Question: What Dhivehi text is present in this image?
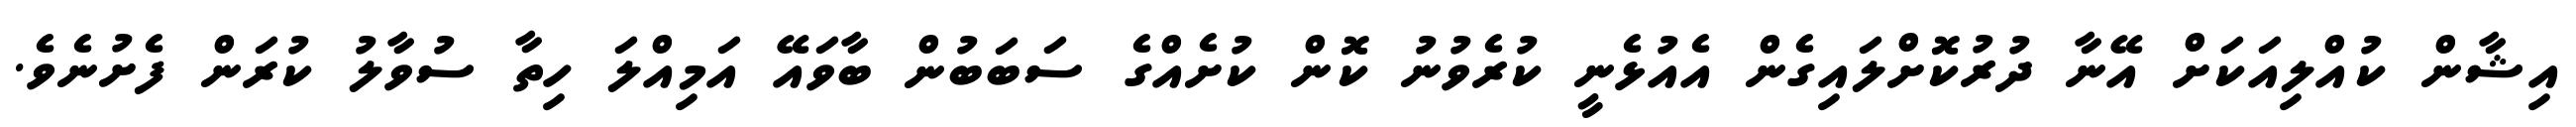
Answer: އިޝާން ކުއްލިއަކަށް އޭނާ ދުރުކޮށްލައިގެން އެއުޅެނީ ކުރެވުނު ކޮން ކުށެއްގެ ސަބަބުން ބާވައޭ އަމިއްލަ ހިތާ ސުވާލު ކުރަން ފެށުނެވެ.